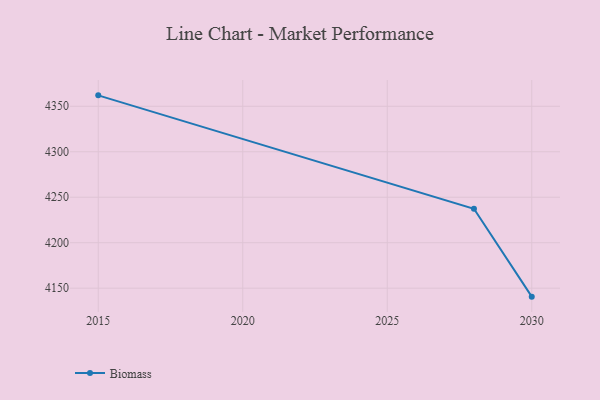
{"axis": {"x": "Year", "y": "Operating Costs (USD K)"}, "legend": ["Biomass"], "data": [{"x": "2030", "y": 4140.7, "type": "Biomass"}, {"x": "2028", "y": 4237.3, "type": "Biomass"}, {"x": "2015", "y": 4362.0, "type": "Biomass"}]}